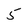
Character: 5